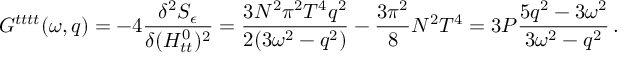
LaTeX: G ^ { t t t t } ( \omega , q ) = - 4 { \frac { \delta ^ { 2 } S _ { \epsilon } } { \delta ( H _ { t t } ^ { 0 } ) ^ { 2 } } } = { \frac { 3 N ^ { 2 } \pi ^ { 2 } T ^ { 4 } q ^ { 2 } } { 2 ( 3 \omega ^ { 2 } - q ^ { 2 } ) } } - { \frac { 3 \pi ^ { 2 } } { 8 } } N ^ { 2 } T ^ { 4 } = 3 P \frac { 5 q ^ { 2 } - 3 \omega ^ { 2 } } { 3 \omega ^ { 2 } - q ^ { 2 } } \, .